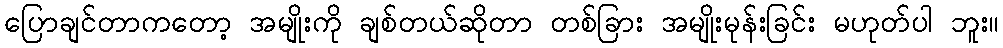
ပြောချင်တာကတော့ အမျိုးကို ချစ်တယ်ဆိုတာ တစ်ခြား အမျိုးမုန်းခြင်း မဟုတ်ပါ ဘူး။